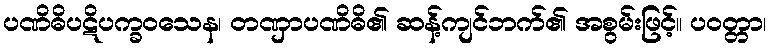
ပဏိဓိပဋိပက္ခဝသေန၊ တဏှာပဏိဓိ၏ ဆန့်ကျင်ဘက်၏ အစွမ်းဖြင့်။ ပဝတ္တာ၊